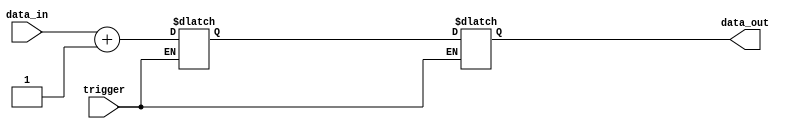
module generate_task(
  input trigger,
  input [7:0] data_in,
  output [7:0] data_out
);

reg [7:0] internal_signal;

always @ (trigger)
begin
  if(trigger == 1)
  begin
    // Task generation logic goes here
    internal_signal <= data_in + 1;
    data_out <= internal_signal;
  end
end

endmodule